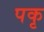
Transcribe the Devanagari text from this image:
पकृ